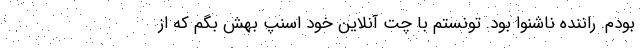
بودم. راننده ناشنوا بود. تونستم با چت آنلاین خود اسنپ بهش بگم که از